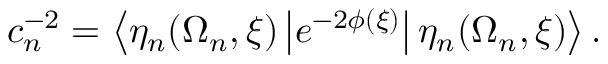
c _ { n } ^ { - 2 } = \left\langle \eta _ { n } ( \Omega _ { n } , \xi ) \left| e ^ { - 2 \phi ( \xi ) } \right| \eta _ { n } ( \Omega _ { n } , \xi ) \right\rangle .